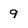
Character: 9